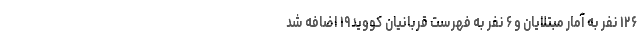
۱۲۶ نفر به آمار مبتلایان و ۶ نفر به فهرست قربانیان کووید۱۹ اضافه شد